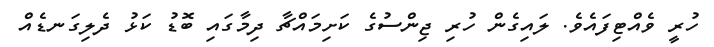
ހުރީ ވެއްޓިފައެވެ. ލައިގެން ހުރި ޖިންސުގެ ކަށިމައްޗާ ދިމާގައި ބޮޑު ކަޅު ދެލިގަނޑެއް